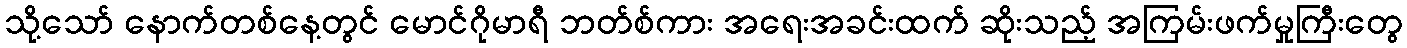
သို့သော် နောက်တစ်နေ့တွင် မောင်ဂိုမာရီ ဘတ်စ်ကား အရေးအခင်းထက် ဆိုးသည့် အကြမ်းဖက်မှုကြီးတွေ